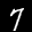
Label: 7